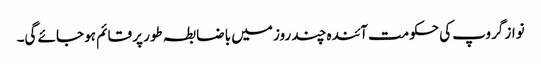
نواز گروپ کی حکومت آئندہ چند روز میں با ضابطہ طور پر قائم ہو جائے گی۔